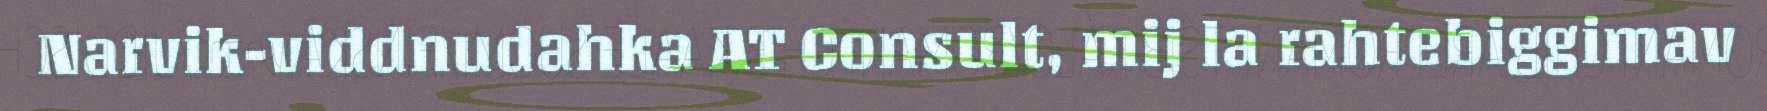
Narvik-viddnudahka AT Consult, mij la rahtebiggimav